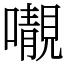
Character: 𡃁